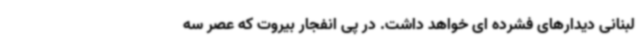
لبنانی دیدارهای فشرده ای خواهد داشت. در پی انفجار بیروت که عصر سه